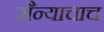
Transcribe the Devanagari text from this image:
सैन्याचाच